Vaccine operations Central Provinces & Berar 1912-1920 - 1912-1920
Year: 1912
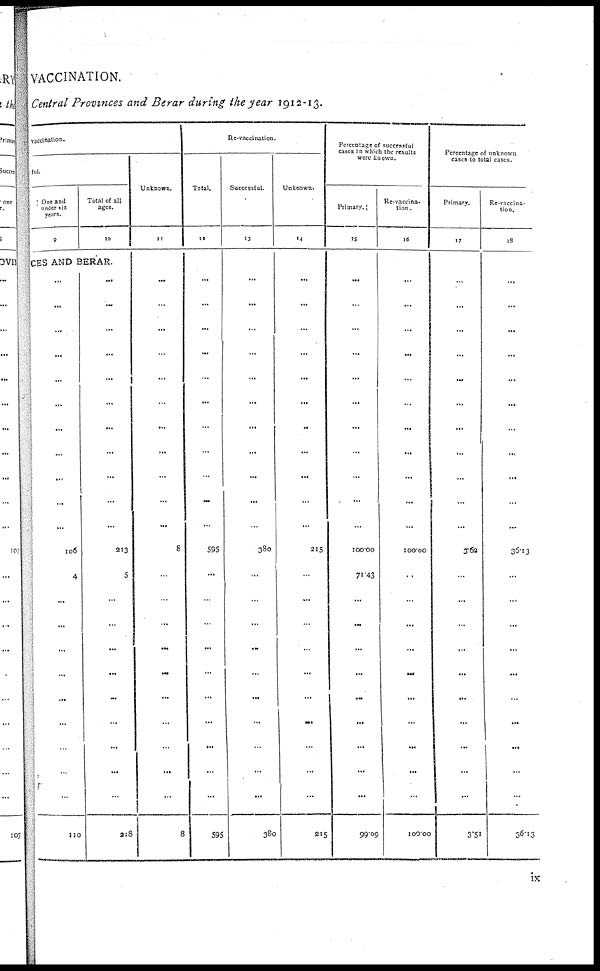
VACCINATION.
Central Provinces and Berar during the year 1912-13.
vaccination.
ful.
One and
under six
years.
9
Total of all
ages.
10
CES AND BERAR.
...
...
...
...
...
...
...
...
...
...
...
106
4
...
...
...
...
...
...
...
...
...
110
...
...
...
...
...
...
...
...
...
...
...
213
5
...
...
...
...
...
...
...
...
...
218
Unknown.
11
...
...
...
...
...
...
...
...
...
...
...
8
...
...
...
...
...
...
...
...
...
...
8
Re-vaccination.
Total.
11
...
...
...
...
...
...
...
...
...
...
...
595
...
...
...
...
...
...
...
...
...
...
595
Successful.
13
...
...
...
...
...
...
...
...
...
...
...
380
...
...
...
...
...
...
...
...
...
...
380
Unknown.
14
...
...
...
...
...
...
...
...
...
...
...
215
...
...
...
...
...
...
...
...
...
...
215
Percentage of successful
cases in which the results
were known.
Primary.
15
...
...
...
...
...
...
...
...
...
...
...
100.00
71.43
...
...
...
...
...
...
...
...
...
99.09
Re-vaccina-
tion.
16
...
...
...
...
...
...
...
...
...
...
...
100.00
..
...
...
...
...
...
...
...
...
...
100.00
Percentage of unknown
cases to total Cases.
Primary.
17
...
...
...
...
...
...
...
...
...
...
...
3.62
...
...
...
...
...
...
...
...
...
...
3.51
Re-vaccina-
tion.
18
...
...
...
...
...
...
...
...
...
...
...
36.13
...
...
...
...
...
...
...
...
...
...
36.13
ix